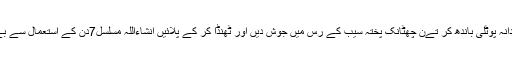
ہر روز صبح کے وقت تےن ماشے بہی دانہ پوٹلی باندھ کر تےن چھٹانک پختہ سیب کے رس میں جوش دیں اور ٹھنڈا کر کے پلائیں انشاءاللہ مسلسل7دن کے استعمال سے بے خوابی کا مرض قطعاً دور ہوجائے گا ۔